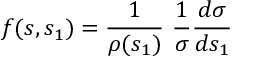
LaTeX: f ( s , s _ { 1 } ) = { \frac { 1 } { \rho ( s _ { 1 } ) } } \ { \frac { 1 } { \sigma } } { \frac { d \sigma } { d s _ { 1 } } }